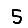
Digit: 5